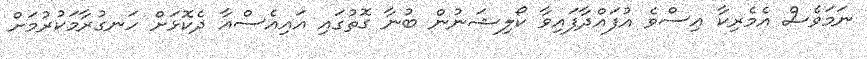
ނަމަވެސް އެމެރިކާ އިސްވެ އުފައްދާފައިވާ ކޯލިޝަނުން ބުނާ ގޮތުގައި އައިއެސްއާ ދެކޮޅަށް ހަނގުރާމަކުރުމަށް